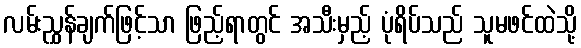
လမ်းညွှန်ချက်ဖြင့်သာ ဖြည့်ရာတွင် အသီးမှည့် ပုံရိပ်သည် သူမဖင်ထဲသို့